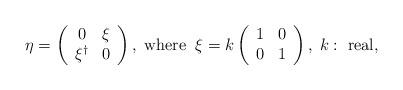
LaTeX: \begin{align*}\eta =\left( \begin{array}{cc}0 &\xi \\ \xi^\dagger &0 \end{array} \right), \; {\rm where}\; \; \xi =k\left( \begin{array}{cc}1 & 0\\ 0&1 \end{array}\right), \; k: \ {\rm real},\end{align*}